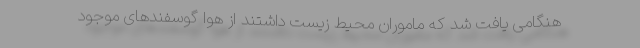
هنگامی یافت شد که ماموران محیط ‌زیست داشتند از هوا گوسفندهای موجود